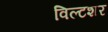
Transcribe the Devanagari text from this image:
विल्टशर